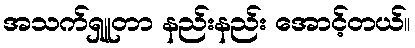
အသက်ရှူတာ နည်းနည်း အောင့်တယ်။